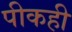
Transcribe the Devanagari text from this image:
पीकही